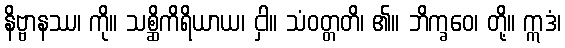
နိဗ္ဗာနဿ၊ ကို။ သစ္ဆိကိရိယာယ၊ ငှါ။ သံဝတ္တတိ၊ ၏။ ဘိက္ခဝေ၊ တို့။ ဣဒံ၊